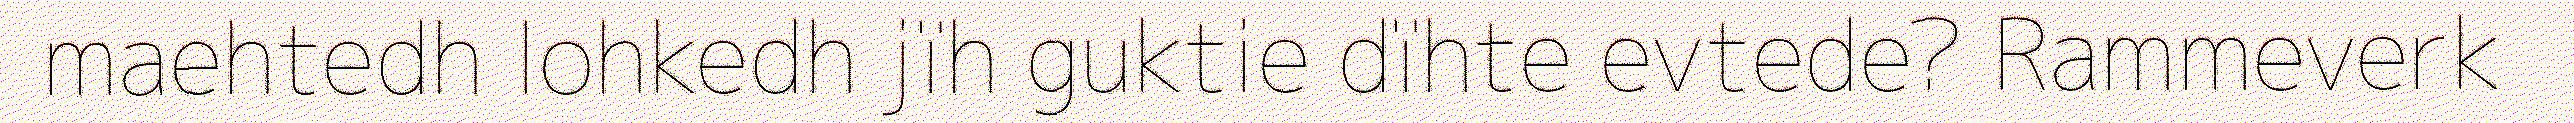
maehtedh lohkedh jïh guktie dïhte evtede? Rammeverk